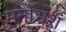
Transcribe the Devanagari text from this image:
मनोभ्रशं